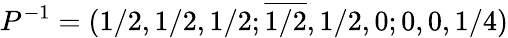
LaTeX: P^{-1}=(1/2,1/2,1/2;\overline{{1/2}},1/2,0;0,0,1/4)